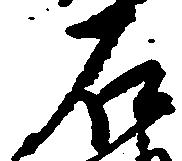
石